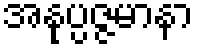
အနုပ္ပဇ္ဇမာနာ